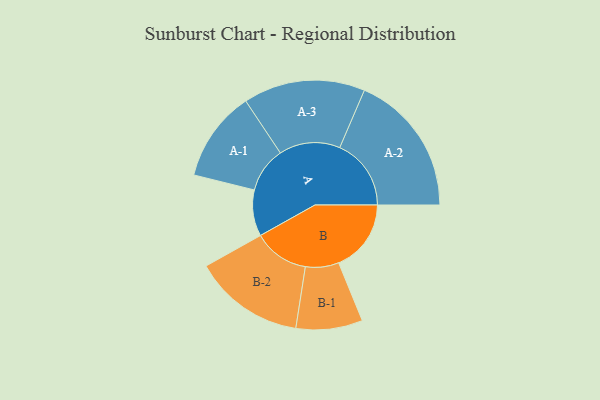
{"axis": {"x": "Segment", "y": "Value"}, "legend": ["", "A", "B"], "data": [{"x": "A", "y": 172, "type": ""}, {"x": "B", "y": 270, "type": ""}, {"x": "A-1", "y": 169, "type": "A"}, {"x": "A-2", "y": 266, "type": "A"}, {"x": "A-3", "y": 227, "type": "A"}, {"x": "B-1", "y": 124, "type": "B"}, {"x": "B-2", "y": 207, "type": "B"}]}